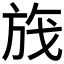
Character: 𬀃